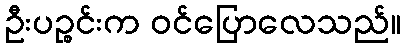
ဦးပဉ္စင်းက ဝင်ပြောလေသည်။